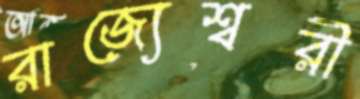
রাজ্যেশ্বরী